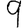
Digit: 9